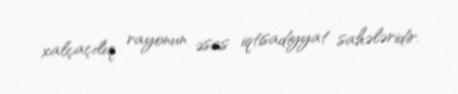
xalçaçılıq rayonun əsas iqtisadiyyat sahələridir.